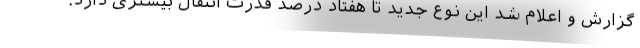
گزارش و اعلام شد این نوع جدید تا هفتاد درصد قدرت انتقال بیشتری دارد.